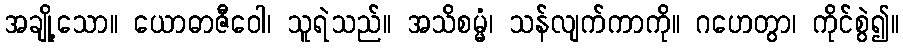
အချို့သော။ ယောဓာဇီဝေါ၊ သူရဲသည်။ အသိစမ္မံ၊ သန်လျက်ကာကို။ ဂဟေတွာ၊ ကိုင်စွဲ၍။